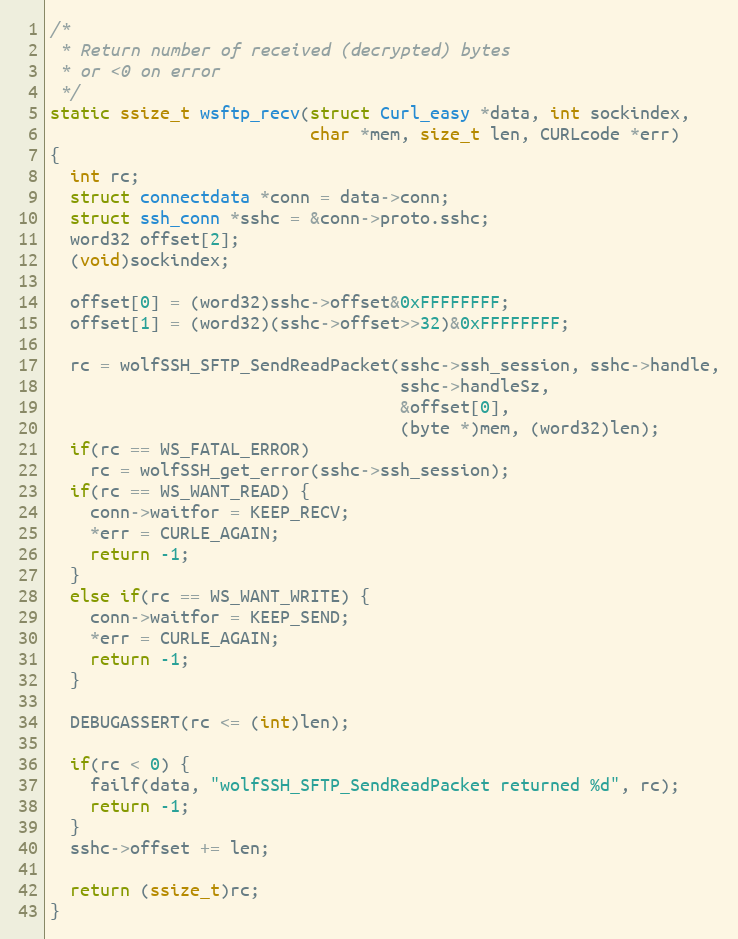
Language: C
/*
 * Return number of received (decrypted) bytes
 * or <0 on error
 */
static ssize_t wsftp_recv(struct Curl_easy *data, int sockindex,
                          char *mem, size_t len, CURLcode *err)
{
  int rc;
  struct connectdata *conn = data->conn;
  struct ssh_conn *sshc = &conn->proto.sshc;
  word32 offset[2];
  (void)sockindex;

  offset[0] = (word32)sshc->offset&0xFFFFFFFF;
  offset[1] = (word32)(sshc->offset>>32)&0xFFFFFFFF;

  rc = wolfSSH_SFTP_SendReadPacket(sshc->ssh_session, sshc->handle,
                                   sshc->handleSz,
                                   &offset[0],
                                   (byte *)mem, (word32)len);
  if(rc == WS_FATAL_ERROR)
    rc = wolfSSH_get_error(sshc->ssh_session);
  if(rc == WS_WANT_READ) {
    conn->waitfor = KEEP_RECV;
    *err = CURLE_AGAIN;
    return -1;
  }
  else if(rc == WS_WANT_WRITE) {
    conn->waitfor = KEEP_SEND;
    *err = CURLE_AGAIN;
    return -1;
  }

  DEBUGASSERT(rc <= (int)len);

  if(rc < 0) {
    failf(data, "wolfSSH_SFTP_SendReadPacket returned %d", rc);
    return -1;
  }
  sshc->offset += len;

  return (ssize_t)rc;
}